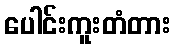
ပေါင်းကူးတံတား